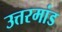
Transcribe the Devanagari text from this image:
उत्तरमांड